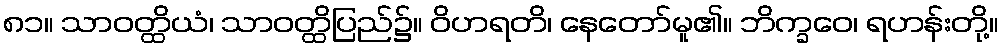
၈၁။ သာဝတ္ထိယံ၊ သာဝတ္ထိပြည်၌။ ဝိဟရတိ၊ နေတော်မူ၏။ ဘိက္ခဝေ၊ ရဟန်းတို့။